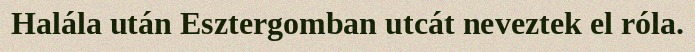
Halála után Esztergomban utcát neveztek el róla.